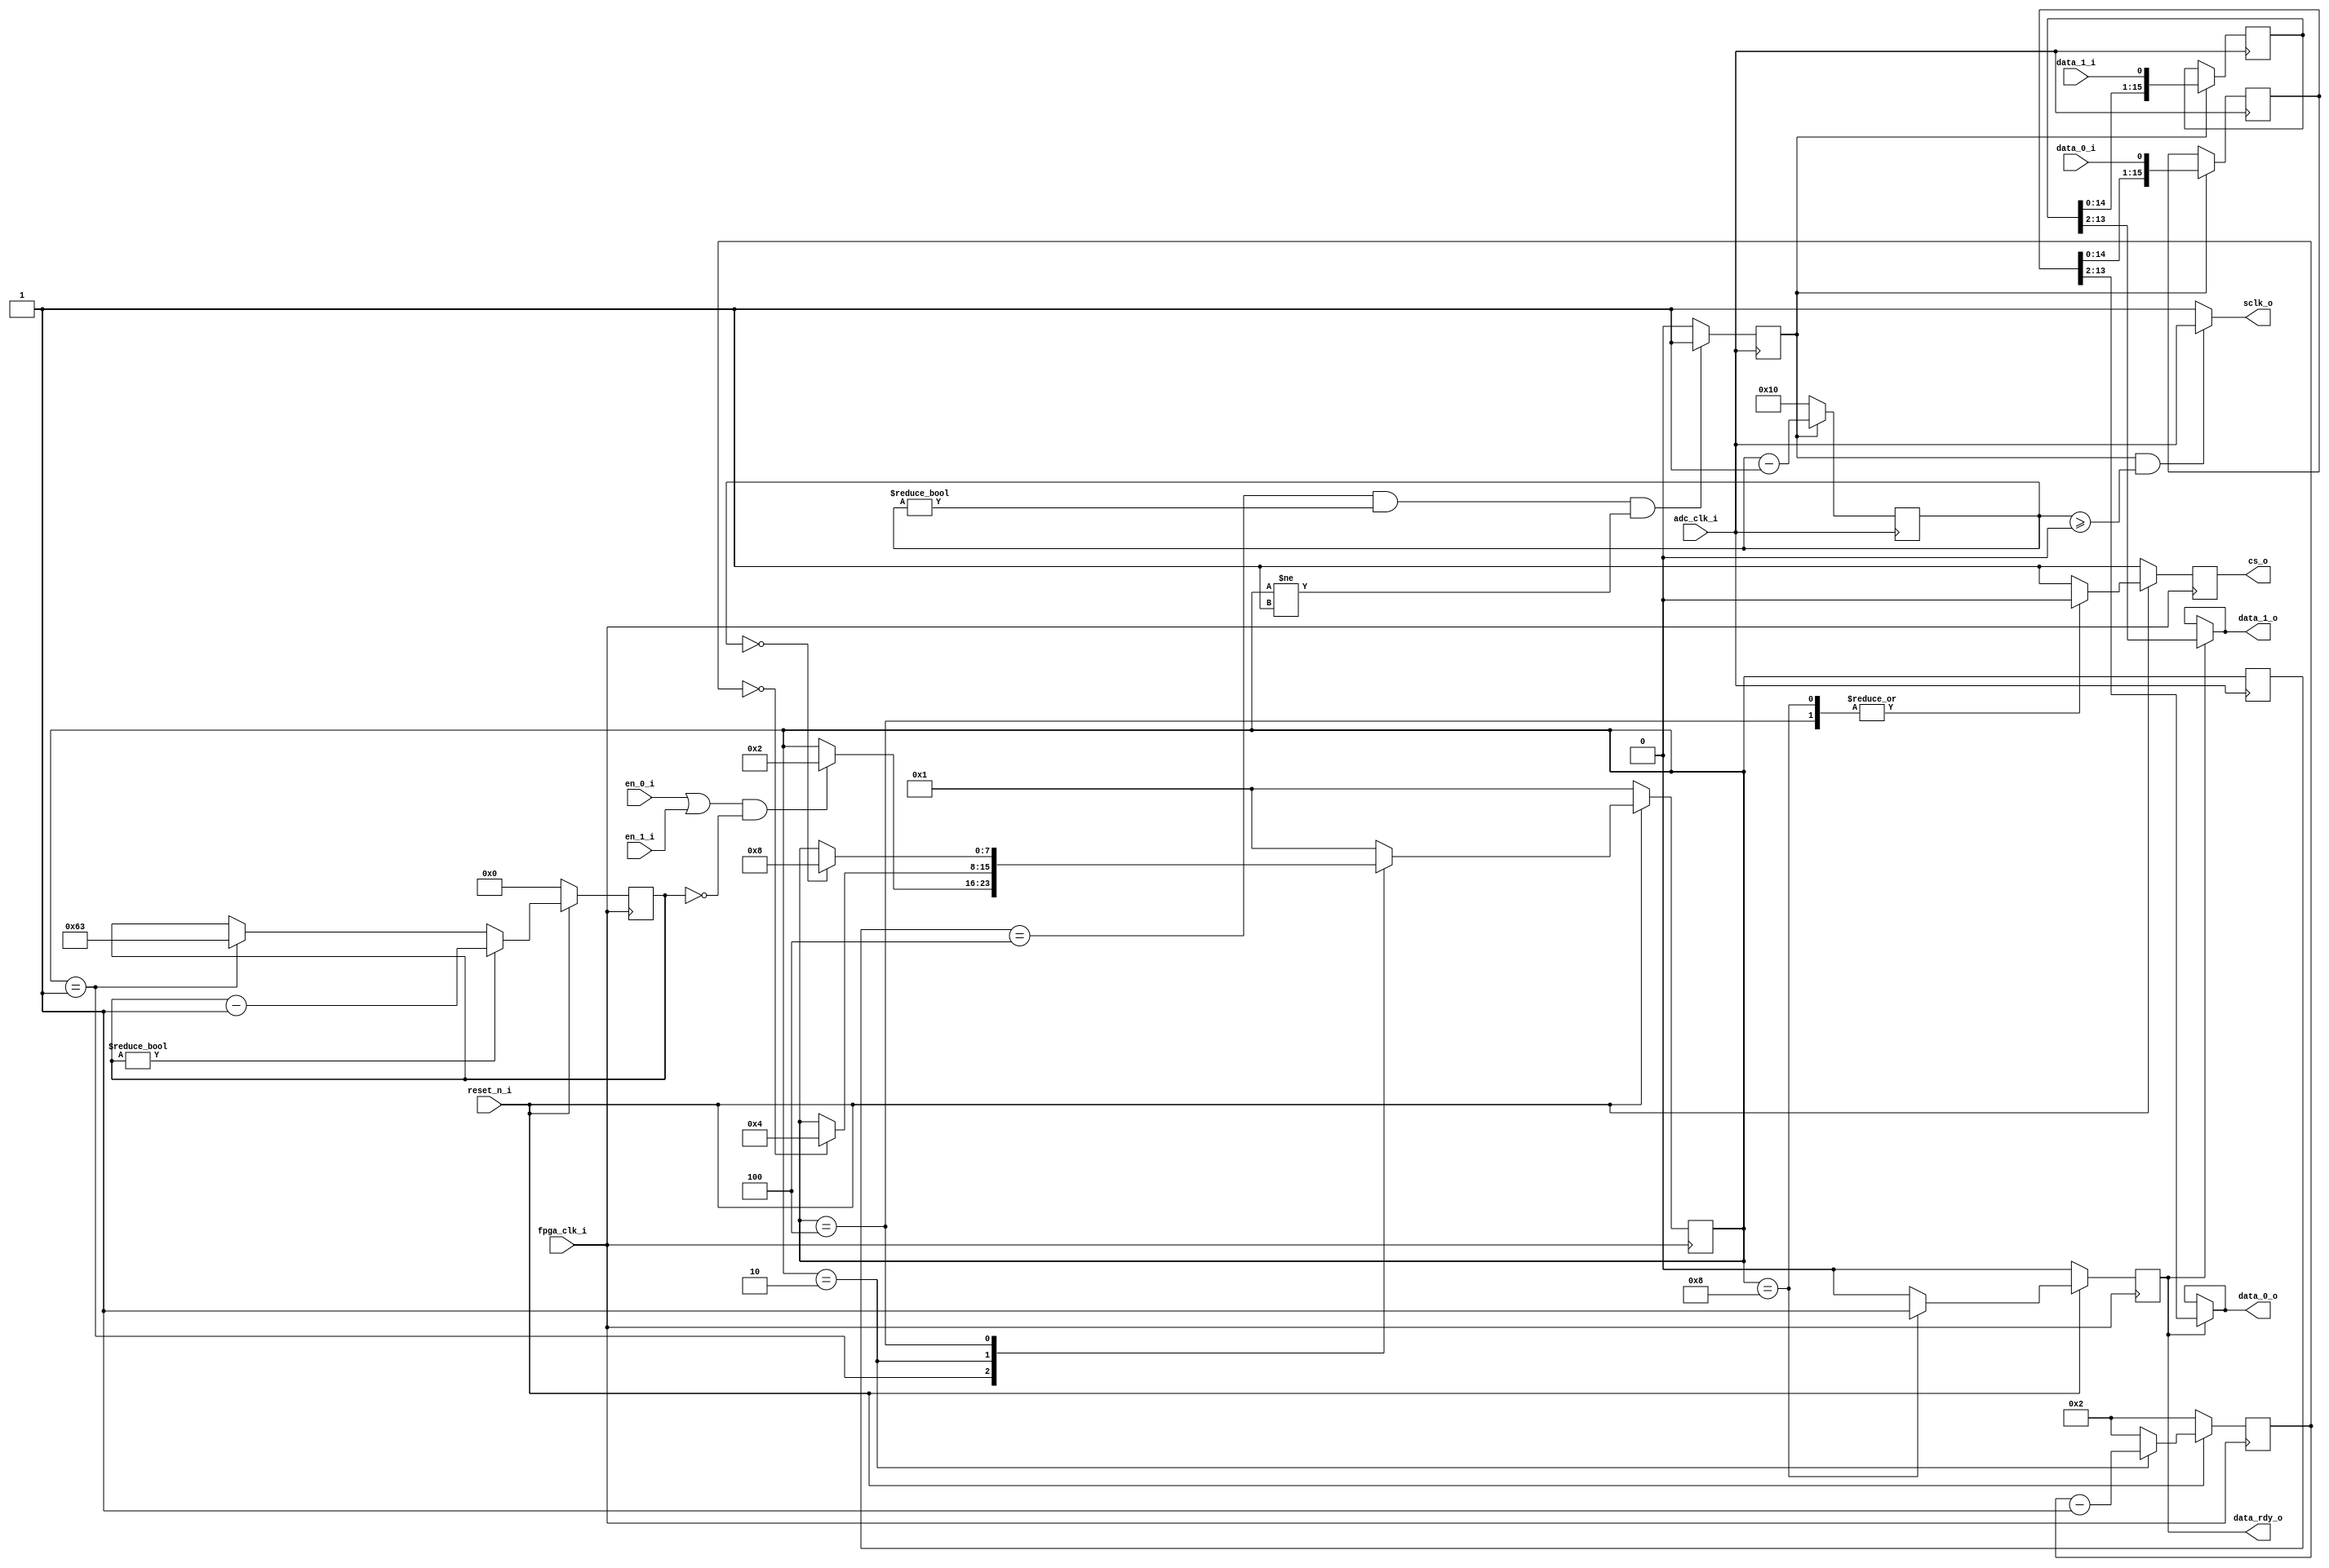

/*
Copyright (c) 2014-2022 Luiz Carlos Gili

Permission is hereby granted, free of charge, to any person obtaining a copy
of this software and associated documentation files (the "Software"), to deal
in the Software without restriction, including without limitation the rights
to use, copy, modify, merge, publish, distribute, sublicense, and/or sell
copies of the Software, and to permit persons to whom the Software is
furnished to do so, subject to the following conditions:

The above copyright notice and this permission notice shall be included in
all copies or substantial portions of the Software.

THE SOFTWARE IS PROVIDED "AS IS", WITHOUT WARRANTY OF ANY KIND, EXPRESS OR
IMPLIED, INCLUDING BUT NOT LIMITED TO THE WARRANTIES OF MERCHANTABILITY
FITNESS FOR A PARTICULAR PURPOSE AND NONINFRINGEMENT. IN NO EVENT SHALL THE
AUTHORS OR COPYRIGHT HOLDERS BE LIABLE FOR ANY CLAIM, DAMAGES OR OTHER
LIABILITY, WHETHER IN AN ACTION OF CONTRACT, TORT OR OTHERWISE, ARISING FROM,
OUT OF OR IN CONNECTION WITH THE SOFTWARE OR THE USE OR OTHER DEALINGS IN
THE SOFTWARE.
*/

// Language: Verilog 2001

`timescale 1ns / 1ps

module ad7276_if
    (
        //clock and reset signals
        input           fpga_clk_i,
        input           adc_clk_i,
        input           reset_n_i,
        
        //IP control and data interface
        input           en_0_i,
        input           en_1_i,        
        output          data_rdy_o,
        output  [11:0]  data_0_o,
        output  [11:0]  data_1_o,
        
        //ADC control and data interface
        input           data_0_i,
        input           data_1_i,
        output          sclk_o,
        output          cs_o
    );

//------------------------------------------------------------------------------
//----------- Registers Declarations -------------------------------------------
//------------------------------------------------------------------------------
reg [ 7:0]  adc_state; 
reg [ 7:0]  adc_next_state;
reg [ 7:0]  adc_state_m1;
reg [31:0]  adc_tcycle_cnt;
reg [31:0]  adc_tcs_cnt;  
reg [31:0]  sclk_cnt;
reg         data_rd_rdy_s;
reg         adc_cs_s;
reg [15:0]  data_0_s;
reg [15:0]  data_1_s;
reg         adc_clk_en;

//------------------------------------------------------------------------------
//----------- Local Parameters -------------------------------------------------
//------------------------------------------------------------------------------
localparam      ADC_IDLE_STATE      = 8'b00000001;
localparam      ADC_START_STATE     = 8'b00000010;
localparam      ADC_READ_STATE      = 8'b00000100;
localparam      ADC_DONE_STATE      = 8'b00001000;

localparam real FPGA_CLOCK_FREQ     = 100000000;
localparam real ADC_CYCLE_TIME      = 0.000001000; 
localparam real ADC_CS_TIME         = 0.000000020; 
localparam      ADC_CYCLE_CNT       = FPGA_CLOCK_FREQ * ADC_CYCLE_TIME - 1;
localparam      ADC_CS_CNT          = FPGA_CLOCK_FREQ * ADC_CS_TIME;
localparam      ADC_SCLK_PERIODS    = 16; 

//------------------------------------------------------------------------------
//----------- Assign/Always Blocks ---------------------------------------------
//------------------------------------------------------------------------------
assign sclk_o       = (adc_clk_en == 1'b1)&&(sclk_cnt >= 32'd0) ? adc_clk_i : 1'b1;
assign cs_o         = adc_cs_s;
assign data_0_o     = (data_rd_rdy_s == 1'b1) ? data_0_s[13:2] : data_0_o;
assign data_1_o     = (data_rd_rdy_s == 1'b1) ? data_1_s[13:2] : data_1_o;  
assign data_rdy_o   = data_rd_rdy_s;

always @(posedge fpga_clk_i)
begin
    if(reset_n_i == 1'b0)
    begin
        adc_tcycle_cnt  <= 32'd0;
        adc_tcs_cnt     <= ADC_CS_CNT;
    end
    else
    begin
        if(adc_tcycle_cnt != 32'd0)
        begin   
            adc_tcycle_cnt <= adc_tcycle_cnt - 32'd1;
        end
        else if(adc_state == ADC_IDLE_STATE)
        begin
            adc_tcycle_cnt <= ADC_CYCLE_CNT;
        end
        
        if(adc_state == ADC_START_STATE)
        begin
            adc_tcs_cnt <= adc_tcs_cnt - 32'd1;
        end
        else
        begin
            adc_tcs_cnt <= ADC_CS_CNT;
        end
    end
end

always @(negedge adc_clk_i)
begin
    if(adc_clk_en == 1'b1)
    begin
        sclk_cnt <= sclk_cnt - 32'd1;
        data_0_s <= {data_0_s[14:0], data_0_i};
        data_1_s <= {data_1_s[14:0], data_1_i};
    end
    else
    begin
        sclk_cnt <= ADC_SCLK_PERIODS;
    end
end

always @(posedge adc_clk_i)
begin
    adc_state_m1 <= adc_state;
    adc_clk_en   <= ((adc_state_m1 == ADC_READ_STATE) && (sclk_cnt != 0) && (adc_state != ADC_IDLE_STATE)) ? 1'b1 : 1'b0;    
end

always @(adc_state, adc_tcycle_cnt, adc_tcs_cnt, sclk_cnt)
begin
    adc_next_state <= adc_state;
    case(adc_state)
        ADC_IDLE_STATE:
            begin
                if(((en_0_i == 1'b1)||(en_1_i == 1'b1))&&(adc_tcycle_cnt == 32'd0))
                begin
                    adc_next_state <= ADC_START_STATE;
                end
            end
        ADC_START_STATE:
            begin
                if(adc_tcs_cnt == 32'd0)
                begin
                    adc_next_state <= ADC_READ_STATE;
                end
            end
        ADC_READ_STATE:
            begin                
                if(sclk_cnt == 32'd0)
                begin
                    adc_next_state <= ADC_DONE_STATE;
                end
            end
        ADC_DONE_STATE:
            begin
                adc_next_state <= ADC_IDLE_STATE;
            end
        default:
            begin
                adc_next_state <= ADC_IDLE_STATE;
            end
    endcase
end

always @(posedge fpga_clk_i)
begin
    if(reset_n_i == 1'b0)
    begin
        adc_state       <= ADC_IDLE_STATE;
        data_rd_rdy_s   <= 1'b0;
        adc_cs_s        <= 1'b1;
    end
    else
    begin
        adc_state <= adc_next_state;
        case(adc_state)
            ADC_IDLE_STATE:
                begin
                    data_rd_rdy_s   <= 1'b0;  
                    adc_cs_s        <= 1'b1;
                end
            ADC_START_STATE:
                begin
                    data_rd_rdy_s   <= 1'b0;
                    adc_cs_s        <= 1'b1;
                end
            ADC_READ_STATE:
                begin
                    data_rd_rdy_s   <= 1'b0;
                    adc_cs_s        <= 1'b0;
                end
            ADC_DONE_STATE:
                begin
                    data_rd_rdy_s   <= 1'b1;
                    adc_cs_s        <= 1'b0;
                end
            default:
                begin
                    data_rd_rdy_s   <= 1'b0;
                    adc_cs_s        <= 1'b1;
                end
        endcase
    end
end

endmodule